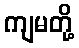
ကျမတို့